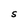
Character: S